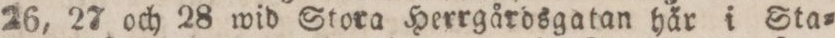
26, 27 och 28 wid Stora Herrgårdsgatan här i Sta=